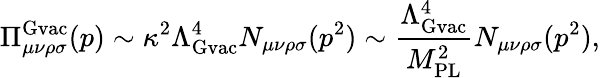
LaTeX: \Pi_{\mu\nu\rho\sigma}^{\mathrm{\mathrm{Gvac}}}(p)\sim\kappa^{2}\Lambda_{\mathrm{Gvac}}^{4}N_{\mu\nu\rho\sigma}(p^{2})\sim\frac{\Lambda_{\mathrm{Gvac}}^{4}}{M_{\mathrm{PL}}^{2}}N_{\mu\nu\rho\sigma}(p^{2}),